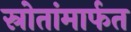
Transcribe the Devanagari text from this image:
स्रोतांमार्फत